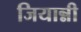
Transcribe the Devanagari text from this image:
जियान्नी